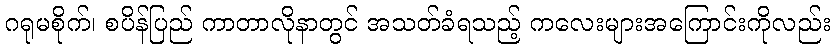
ဂရုမစိုက်၊ စပိန်ပြည် ကာတာလိုနာတွင် အသတ်ခံရသည့် ကလေးများအကြောင်းကိုလည်း